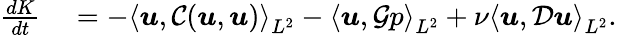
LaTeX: \begin{array}{rl}{\frac{dK}{dt}}&{{}=-\left<\boldsymbol{u},\mathcal{C}(\boldsymbol{u},\boldsymbol{u})\right>_{L^{2}}-\left<\boldsymbol{u},\mathcal{G}p\right>_{L^{2}}+\nu\left<\boldsymbol{u},\mathcal{D}\boldsymbol{u}\right>_{L^{2}}.}\end{array}